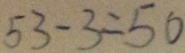
5 3 - 3 = 5 0